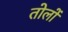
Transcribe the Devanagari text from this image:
तोलों